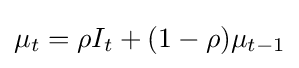
\mu _{t}=\rho I_{t}+(1-\rho )\mu _{t-1}